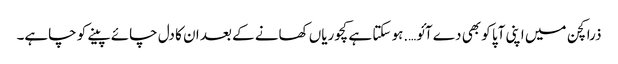
ذرا کچن میں اپنی آپا کو بھی دے آئو….ہو سکتا ہے کچوریاں کھانے کے بعد ان کا دل چائے پینے کو چاہے۔